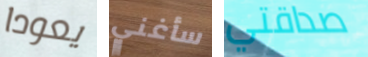
يعودا سأغني صداقتي